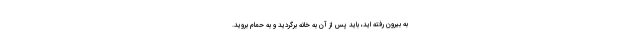
به بیرون رفته اید، باید پس از آن به خانه برگردید و به حمام بروید.